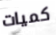
كميات